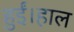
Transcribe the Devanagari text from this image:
हुईं।हाल